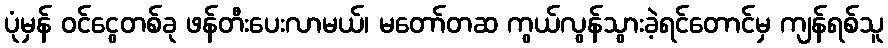
ပုံမှန် ဝင်ငွေတစ်ခု ဖန်တီးပေးလာမယ်၊ မတော်တဆ ကွယ်လွန်သွားခဲ့ရင်တောင်မှ ကျန်ရစ်သူ